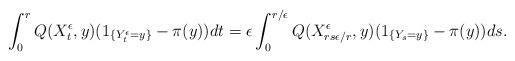
LaTeX: \begin{align*}\int_0^rQ(X_t^\epsilon,y)(1_{\{Y_t^\epsilon=y\}}-\pi(y))dt={\epsilon}\int_0^{r/\epsilon}Q(X_{rs\epsilon/r }^\epsilon,y)(1_{\{Y_{s}=y\}}-\pi(y))ds.\end{align*}